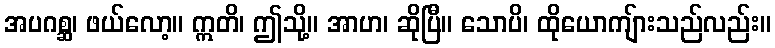
အပဂစ္ဆ၊ ဖယ်လော့။ ဣတိ၊ ဤသို့။ အာဟ၊ ဆိုပြီ။ သောပိ၊ ထိုယောကျ်ားသည်လည်း။